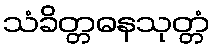
သံခိတ္တဓနသုတ္တံ